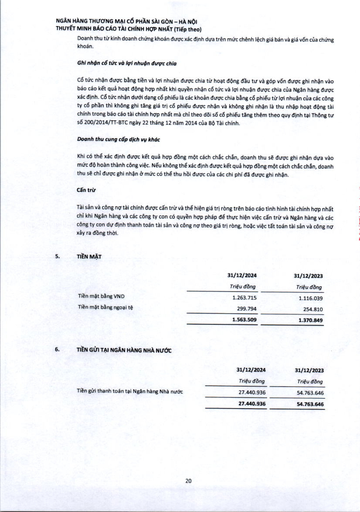
||31/12/2024|31/12/2023| |---|---|---| ||Triệu đồng|Triệu đồng| |Tiền mặt bằng VND|1.263.715|1.116.039| |Tiền mặt bằng ngoại tệ|299.794|254.810| ||1.563.509|1.370.849| ||31/12/2024|31/12/2023| |---|---|---| ||Triệu đồng|Triệu đồng| |Tiền gửi thanh toán tại Ngân hàng Nhà nước|27.440.936|54.763.646| ||27.440.936|54.763.646|